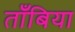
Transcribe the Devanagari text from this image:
ताँबिया